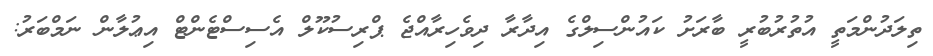
ތިލަދުންމަތީ އުތުރުބުރީ ބާރަށު ކައުންސިލްގެ އިދާރާ ދިވެހިރާއްޖެ ޕްރިސުކޫލް އެސިސްޓެންޓް އިޢުލާން ނަމްބަރު: